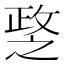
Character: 𢾘